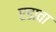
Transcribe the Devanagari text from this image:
एडावा